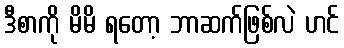
ဒီစာကို မိမိ ရတော့ ဘာဆက်ဖြစ်လဲ ဟင်